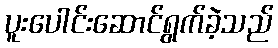
ပူးပေါင်းဆောင်ရွက်ခဲ့သည်